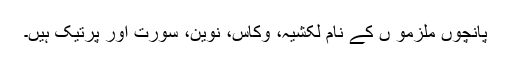
پانچوں ملزمو ں کے نام لکشیہ، وکاس، نوین، سورِت اور پرتیک ہیں۔